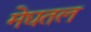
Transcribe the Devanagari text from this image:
मेघतल